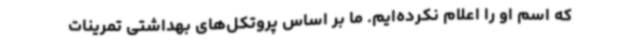
که اسم او را اعلام نکرده‌ایم. ما بر اساس پروتکل‌های بهداشتی تمرینات